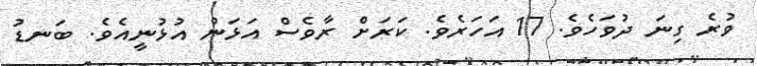
ވުރެ ގިނަ ދުވަހެވެ. 17 އަހަރެވެ. ކަރަށް ރާވެސް އަޅަން އުޅުނީއެވެ. ބަނޑު